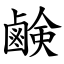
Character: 鹸